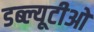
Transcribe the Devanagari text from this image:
डब्‍ल्यूटीओ